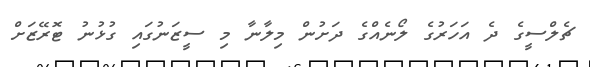
ޗެލްސީގެ ދެ އަހަރުގެ ލޯނެއްގެ ދަށުން މިލާނާ މި ސީޒަނުގައި ގުޅުނު ޓޮރޭޒަށް